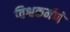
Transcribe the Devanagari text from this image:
विश्वकर्मणे